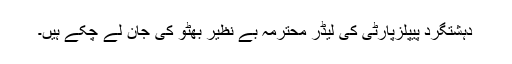
دہشتگرد پیپلزپارٹی کی لیڈر محترمہ بے نظیر بھٹو کی جان لے چکے ہیں۔